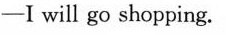
-I will go shopping.